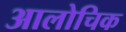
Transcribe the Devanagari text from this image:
आलोचिक